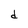
Character: d